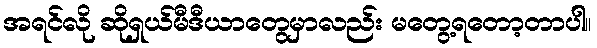
အရင်လို ဆိုရှယ်မီဒီယာတွေမှာလည်း မတွေ့ရတော့တာပါ။